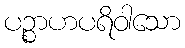
ပဉ္စာဟပရိဝါသော